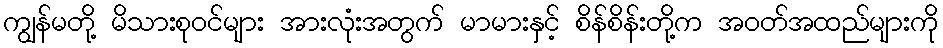
ကျွန်မတို့ မိသားစုဝင်များ အားလုံးအတွက် မာမားနှင့် စိန်စိန်းတို့က အဝတ်အထည်များကို